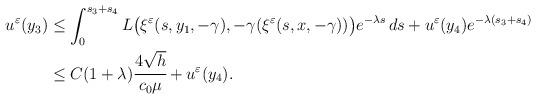
LaTeX: \begin{align*} \begin{aligned}u^\varepsilon (y_3) &\leq \int_0^{s_3 + s_4} L \big( \xi^\varepsilon (s, y_1, -\gamma ), -\gamma (\xi^\varepsilon (s, x, -\gamma )) \big) e^{-\lambda s} \, ds + u^\varepsilon (y_4) e^{-\lambda (s_3 + s_4)} \\ &\leq C(1 + \lambda ) \cfrac{4 \sqrt{h}}{c_0 \mu} + u^\varepsilon (y_4).\end{aligned}\end{align*}